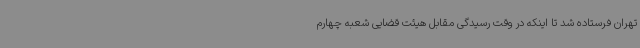
تهران فرستاده شد تا اینکه در وقت رسیدگی مقابل هیئت قضایی شعبه چهارم